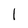
Character: 1